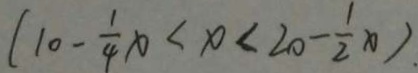
( 1 0 - \frac { 1 } { 4 } x < x < 2 0 - \frac { 1 } { 2 } x ) .